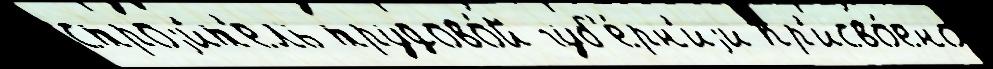
строjи́т'ель трудово́й губ'е́рн'иjи пр'исво́ено